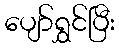
ပျော်ရွှင်ပြီး